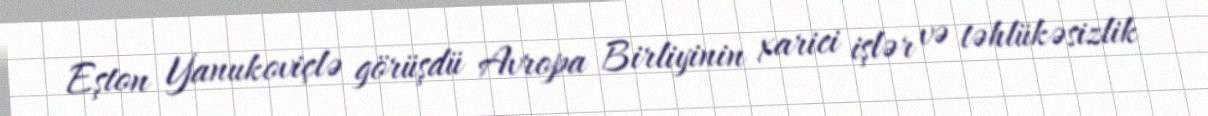
Eşton Yanukoviçlə görüşdü Avropa Birliyinin xarici işlər və təhlükəsizlik